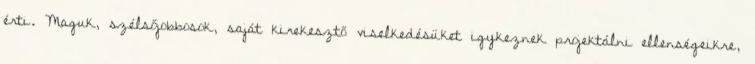
érti. Maguk, szélsőjobbosok, saját kirekesztő viselkedésüket igykeznek projektálni ellenségeikre,